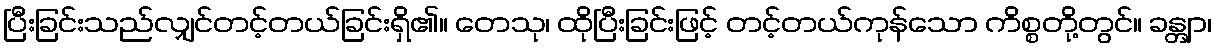
ပြီးခြင်းသည်လျှင်တင့်တယ်ခြင်းရှိ၏။ တေသု၊ ထိုပြီးခြင်းဖြင့် တင့်တယ်ကုန်သော ကိစ္စတို့တွင်။ ခန္တျာ၊